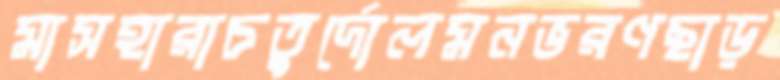
মাসহারাচতুর্দোলমনভরণছাড়